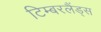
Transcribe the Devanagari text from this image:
टिम्बरलैंड्स